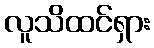
လူသိထင်ရှား